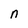
Character: n